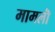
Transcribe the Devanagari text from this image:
मामलॊं